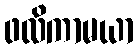
ဖလိကာမယာ